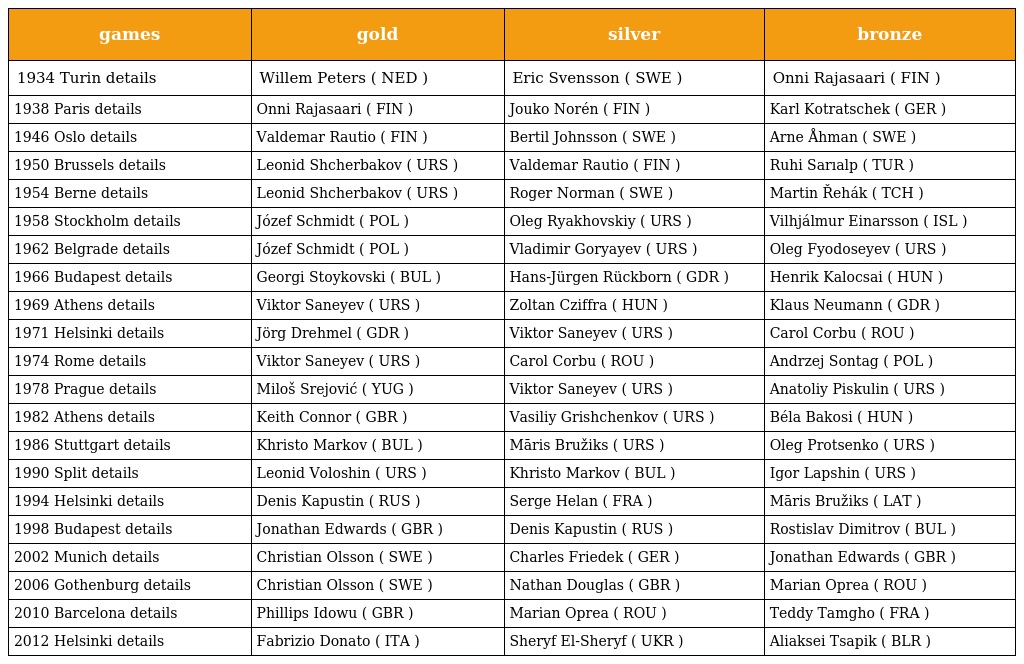
| games | gold | silver | bronze |
 | --- | --- | --- | --- |
 | 1934 Turin details | Willem Peters ( NED ) | Eric Svensson ( SWE ) | Onni Rajasaari ( FIN ) |
 | 1938 Paris details | Onni Rajasaari ( FIN ) | Jouko Norén ( FIN ) | Karl Kotratschek ( GER ) |
 | 1946 Oslo details | Valdemar Rautio ( FIN ) | Bertil Johnsson ( SWE ) | Arne Åhman ( SWE ) |
 | 1950 Brussels details | Leonid Shcherbakov ( URS ) | Valdemar Rautio ( FIN ) | Ruhi Sarıalp ( TUR ) |
 | 1954 Berne details | Leonid Shcherbakov ( URS ) | Roger Norman ( SWE ) | Martin Řehák ( TCH ) |
 | 1958 Stockholm details | Józef Schmidt ( POL ) | Oleg Ryakhovskiy ( URS ) | Vilhjálmur Einarsson ( ISL ) |
 | 1962 Belgrade details | Józef Schmidt ( POL ) | Vladimir Goryayev ( URS ) | Oleg Fyodoseyev ( URS ) |
 | 1966 Budapest details | Georgi Stoykovski ( BUL ) | Hans-Jürgen Rückborn ( GDR ) | Henrik Kalocsai ( HUN ) |
 | 1969 Athens details | Viktor Saneyev ( URS ) | Zoltan Cziffra ( HUN ) | Klaus Neumann ( GDR ) |
 | 1971 Helsinki details | Jörg Drehmel ( GDR ) | Viktor Saneyev ( URS ) | Carol Corbu ( ROU ) |
 | 1974 Rome details | Viktor Saneyev ( URS ) | Carol Corbu ( ROU ) | Andrzej Sontag ( POL ) |
 | 1978 Prague details | Miloš Srejović ( YUG ) | Viktor Saneyev ( URS ) | Anatoliy Piskulin ( URS ) |
 | 1982 Athens details | Keith Connor ( GBR ) | Vasiliy Grishchenkov ( URS ) | Béla Bakosi ( HUN ) |
 | 1986 Stuttgart details | Khristo Markov ( BUL ) | Māris Bružiks ( URS ) | Oleg Protsenko ( URS ) |
 | 1990 Split details | Leonid Voloshin ( URS ) | Khristo Markov ( BUL ) | Igor Lapshin ( URS ) |
 | 1994 Helsinki details | Denis Kapustin ( RUS ) | Serge Helan ( FRA ) | Māris Bružiks ( LAT ) |
 | 1998 Budapest details | Jonathan Edwards ( GBR ) | Denis Kapustin ( RUS ) | Rostislav Dimitrov ( BUL ) |
 | 2002 Munich details | Christian Olsson ( SWE ) | Charles Friedek ( GER ) | Jonathan Edwards ( GBR ) |
 | 2006 Gothenburg details | Christian Olsson ( SWE ) | Nathan Douglas ( GBR ) | Marian Oprea ( ROU ) |
 | 2010 Barcelona details | Phillips Idowu ( GBR ) | Marian Oprea ( ROU ) | Teddy Tamgho ( FRA ) |
 | 2012 Helsinki details | Fabrizio Donato ( ITA ) | Sheryf El-Sheryf ( UKR ) | Aliaksei Tsapik ( BLR ) |